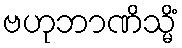
ဗဟုဘာဏိသ္မိံ